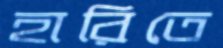
হারিতে